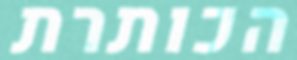
הכותרת